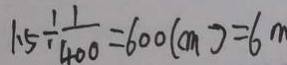
1 . 5 \div \frac { 1 } { 4 0 0 } = 6 0 0 ( c m ) = 6 m